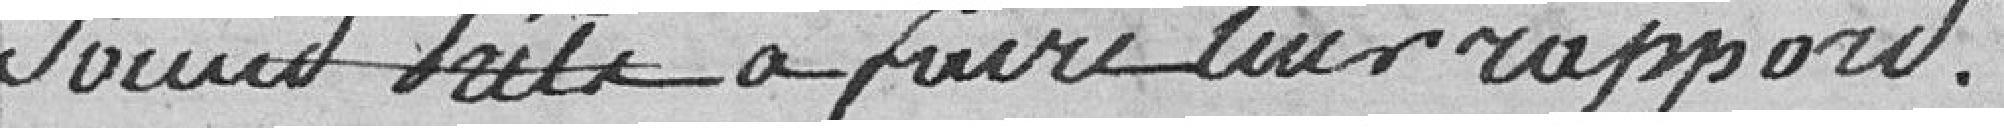
société frele à faire leur rapport .